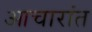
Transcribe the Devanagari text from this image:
आचारांत